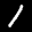
Label: 1